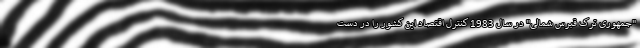
"جمهوری ترک قبرس شمالی" در سال 1983 کنترل اقتصاد این کشور را در دست